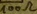
Text: 100Ω